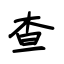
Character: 查